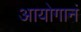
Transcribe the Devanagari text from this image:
आयोगानं